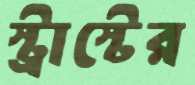
স্ট্রাস্টের